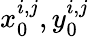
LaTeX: x_{0}^{i,j},y_{0}^{i,j}